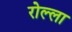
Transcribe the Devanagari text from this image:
रोल्ला